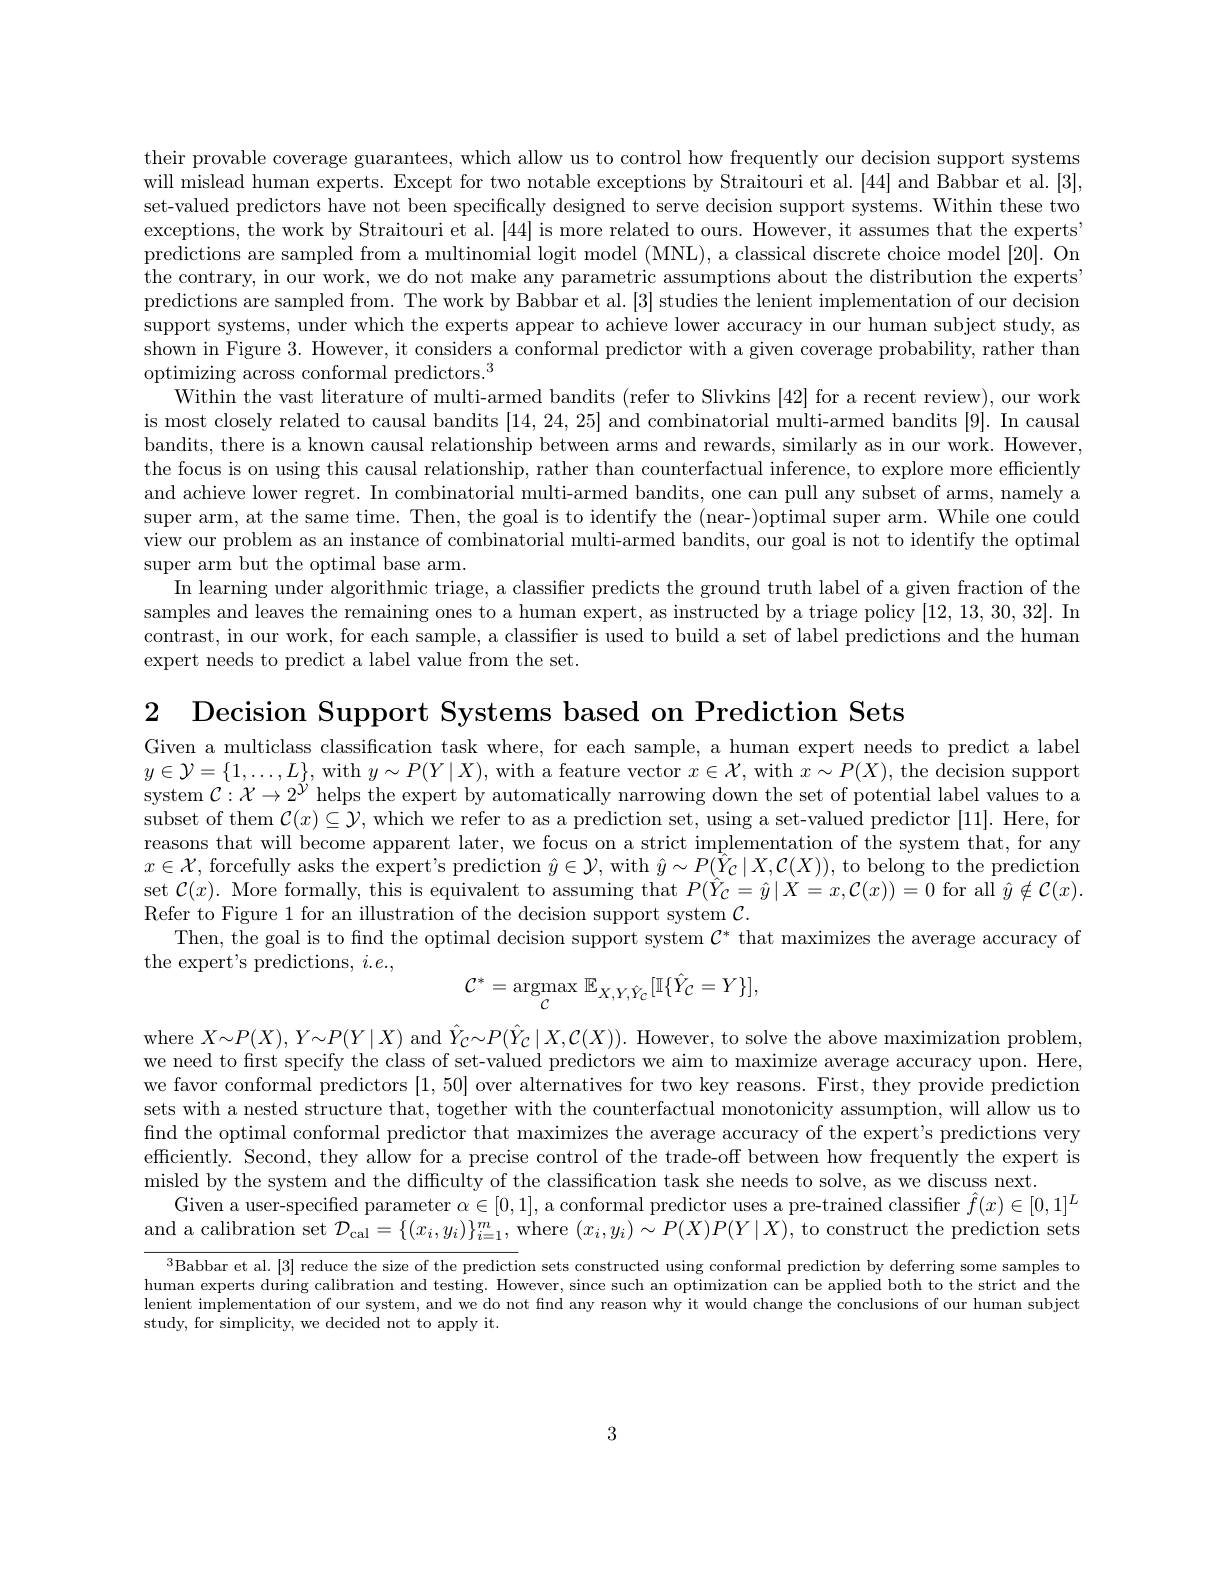
their provable coverage guarantees, which allow us to control how frequently our decision support systems will mislead human experts. Except for two notable exceptions by Straitouri et al. [44] and Babbar et al.[3], set-valued predictors have not been specifically designed to serve decision support systems. Within these two exceptions, the work by Straitouri et al.[44] is more related to ours. However, it assumes that the experts predictions are sampled from a multinomial logit model (MNL), a classical discrete choice model [20]. On the contrary, in our work, we do not make any parametric assumptions about the distribution the experts predictions are sampled from. The work by Babbar et al.[3] studies the lenient implementation of our decisiom support systems, under which the experts appear to achieve lower accuracy in our human subject study, as shown in Figure 3. However, it considers a conformal predictor with a given coverage probability, rather than optimizing across conformal predictors.$^3$
Within the vast literature of multi-armed bandits (refer to Slivkins [42] for a recent review), our work is most closely related to causal bandits [14,24,25] and combinatorial multi-armed bandits [9]. In causal bandits, there is a known causal relationship between arms and rewards, similarly as in our work. However the focus is on using this causal relationship, rather than counterfactual inference, to explore more efficiently and achieve lower regret. In combinatorial multi-armed bandits, one can pull any subset of arms, namely a super arm, at the same time. Then, the goal is to identify the ( near- ) optimal super arm. While one could super arm, at the same time. Then, the goal is to identify the ( near- ) optimal super arm. Whille one could view our problem as an instance of combinatorial multi-armed bandits, our goal is not to identify the optimal super arm but the optimal base arm.
In learning under algorithmic triage, a classifier predicts the ground truth label of a given fraction of the samples and leaves the remaining ones to a human expert, as instructed by a triage policy [12,13,30,32]. In contrast, in our work, for each sample, a classifier is used to build a set of label predictions and the human expert needs to predict a label value from the set.

2 Decision Support Systems based on Prediction Sets

Given a multiclass classification task where, for each sample, a human expert needs to predict a label $y\in\mathcal{Y}=\{1,\ldots,L\}$, with $y\sim P(Y\mid X)$, with a feature vector $x\in\mathcal{X}$, with $x\sim P(X)$, the decision support system $\mathcal{C}:\mathcal{X}\to2^{\mathcal{Y}}$ helps the expert by automatically narrowing down the set of potential label values to a subset of them $\mathcal{C}(x)\subseteq\mathcal{Y}$,which we refer to as a prediction set, using a set-valued predictor [11]. Here, for reasons that will become apparent later, we focus on a strict implementation of the system that, for any $x\in\mathcal{X}$, forcefully asks the expert's prediction $\hat{y}\in\mathcal{Y}$,with $\hat{y}\sim P(\hat{Y}_{\mathcal{C}}\mid X,\mathcal{C}(X))$,to belong to the prediction set $\mathcal{C}(x).$ More formally, this is equivalent to assuming that $P(\hat{Y}_{\mathcal{C}}=\hat{y}\mid X=x,\mathcal{C}(x))=0$ for all $\hat{y}\notin\mathcal{C}(x).$ Refer to Figure 1 for an illustration of the decision support system $\mathcal{C}$
Then, the goal is to find the optimal decision support system $\mathcal{C}^*$ that maximizes the average accuracy of
the expert's predictions, $i.e.$,
$$\mathcal{C}^{*}=\underset{\mathcal{C}}{\mathrm{argmax}}\:\mathbb{E}_{X,Y,\hat{Y}_{\mathcal{C}}}[\mathbb{I}\{\hat{Y}_{\mathcal{C}}=Y\}],$$
where $X{\sim}P(X),Y{\sim}P(Y\mid X)$ and $\hat{Y}_{C}{\sim}P(\hat{Y}_{C}\mid X,\mathcal{C}(X)).$ However, to solve the above maximization problem, we need to first specify the class of set-valued predictors we aim to maximize average accuracy upon. Here, we favor conformal predictors [1,50] over alternatives for two key reasons. First, they provide prediction sets with a nested structure that, together with the counterfactual monotonicity assumption, will allow us to find the optimal conformal predictor that maximizes the average accuracy of the expert's predictions very efficiently. Second, they allow for a precise control of the trade-off between how frequently the expert is misled by the system and the difficulty of the classification task she needs to solve, as we discuss next
Given a user-specified parameter $\alpha\in[0,1]$, a conformal predictor uses a pre-trained classifier $\hat{f}(x)\in[0,1]^L$ and a calibration set $\mathcal{D}_\text{cal}=\{(x_i,y_i)\}_{i=1}^m$, where $(x_i,y_i)\sim P(X)P(Y\mid X)$, to construct the prediction sets

$^{3}$Babbar et al.[3] reduce the size of the prediction sets constructed using conformal prediction by deferring some samples to human experts during calibration and testing. However, since such an optimization can be applied both to the strict and the lenient implementation of our system, and we do not find any reason why it would change the conclusions of our human subject study, for simplicity, we decided not to apply it.

3